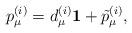
LaTeX: \begin{align*}p_{\mu}^{(i)}=d_{\mu}^{(i)}{\bf 1} +\tilde{p}_{\mu}^{(i)},\end{align*}